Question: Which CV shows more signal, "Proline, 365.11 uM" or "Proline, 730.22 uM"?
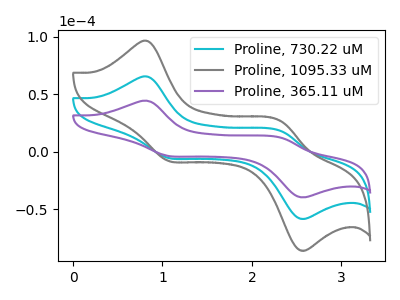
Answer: <think>The cyan curve "Proline, 730.22 uM" has anodic peaks at (0.85V, 65.20uA) (2.35V, 17.85uA) and cathodic peaks at (1.05V, -5.30uA) (2.55V, -57.80uA). The gray curve "Proline, 1095.33 uM" has anodic peaks at (0.85V, 130.40uA) (2.35V, 35.75uA) and cathodic peaks at (1.05V, -10.60uA) (2.55V, -115.65uA). The purple curve "Proline, 365.11 uM" has anodic peaks at (0.85V, 44.25uA) (2.35V, 12.15uA) and cathodic peaks at (1.05V, -3.60uA) (2.55V, -39.25uA).
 All the peaks in "Proline, 365.11 uM" have a peak in "Proline, 730.22 uM" at the same potential. Every peak in "Proline, 365.11 uM" is lower than every peak in "Proline, 730.22 uM".</think>
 <answer>"Proline, 365.11 uM" has less signal than "Proline, 730.22 uM".</answer>
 <eval>less_signal</eval>